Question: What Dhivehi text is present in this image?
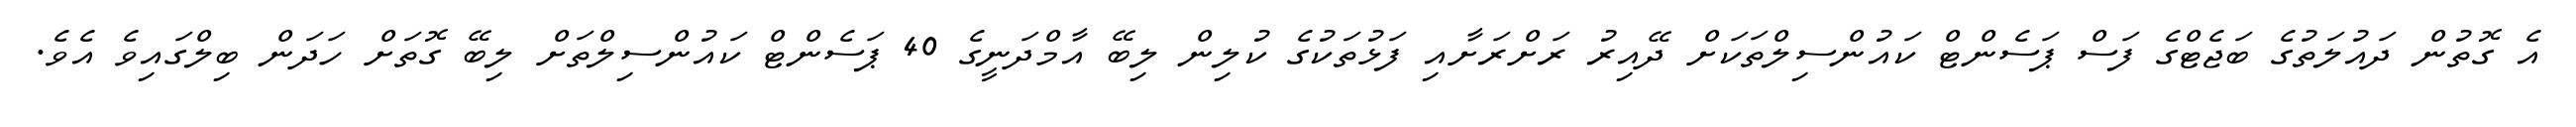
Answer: އެ ގޮތުން ދައުލަތުގެ ބަޖެޓްގެ ފަސް ޕަސެންޓް ކައުންސިލްތަކަށް ދޭއިރު ރަށްރަށާއި ފަޅުތަކުގެ ކުލިން ލިބޭ އާމްދަނީގެ 40 ޕަސެންޓް ކައުންސިލްތަށް ލިބޭ ގޮތަށް ހަދަން ބިލްގައިވެ އެވެ.